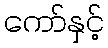
ကော်နှင့်